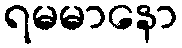
ရမမာနော